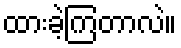
ထားခဲ့ကြတာလဲ။